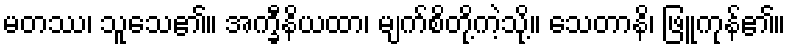
မတဿ၊ သူသေ၏။ အက္ခီနိယထာ၊ မျက်စိတို့ကဲ့သို့။ သေတာနိ၊ ဖြူကုန်၏။